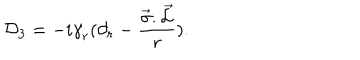
{ \cal D } _ { 3 } = - i { \gamma } _ { r } ( { \partial } _ { r } - { \frac { \vec { \sigma } . \vec { \cal L } } { r } } ) .